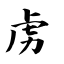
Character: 虏